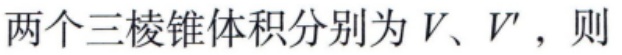
两个三棱锥体积分别为\(V、V'\)，则